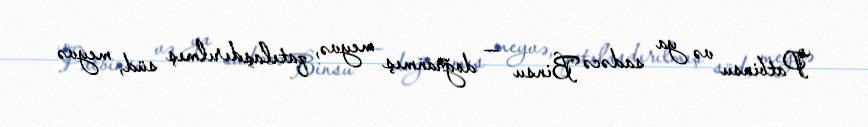
Patbinsu və ya sadəcə Binsu — doğranmış meyvə, qatılaşdırılmış süd, meyvə